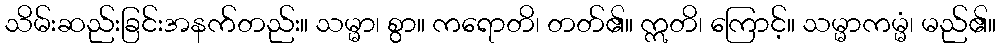
သိမ်းဆည်းခြင်းအနက်တည်း။ သမ္မာ၊ စွာ။ ကရောတိ၊ တတ်၏။ ဣတိ၊ ကြောင့်။ သမ္မာကမ္မံ၊ မည်၏။